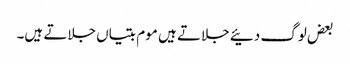
بعض لوگ دئیے جلاتے ہیں موم بتیاں جلاتے ہیں۔